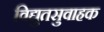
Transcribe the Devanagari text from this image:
विद्युतसुवाहक